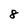
Character: 8